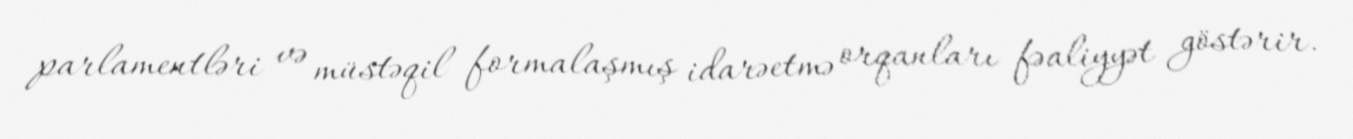
parlamentləri və müstəqil formalaşmış idarəetmə orqanları fəaliyyət göstərir.